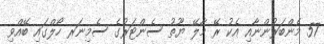
57 މެންބަރުންނާއި އެކު ރޭ މާލޭ ޔޫތު ސެންޓަރުގެ ސެމިނަރ ހޯލްގައި ބޭއްވި